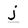
Character: j